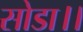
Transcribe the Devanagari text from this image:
सोडा।।